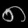
Digit: ၈